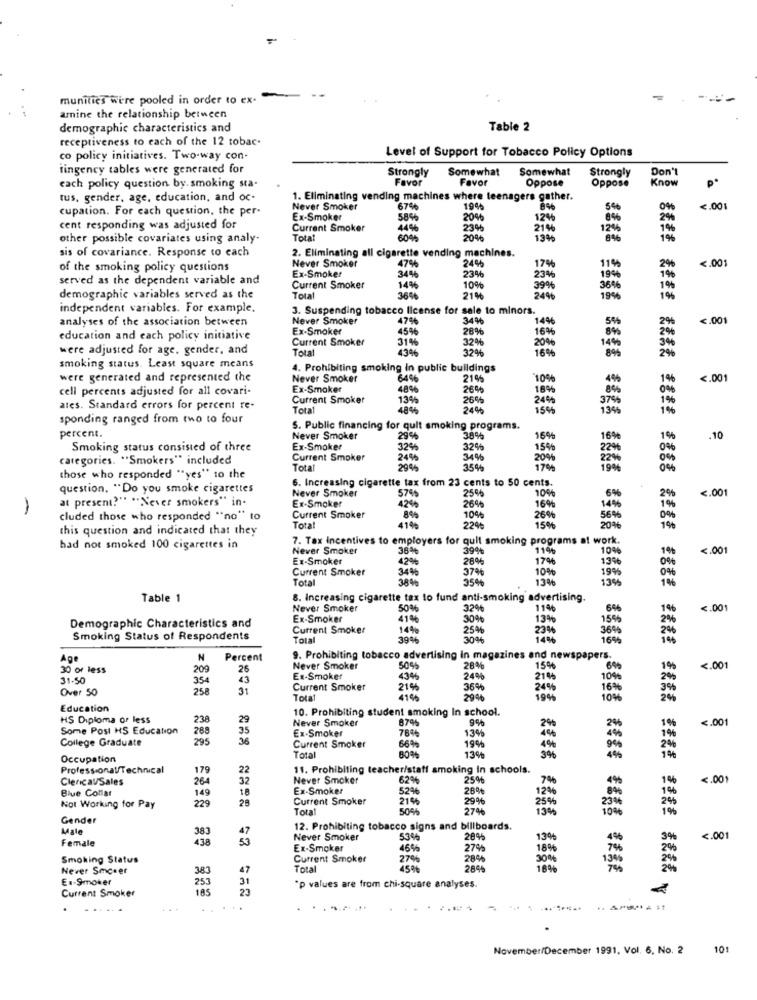
munities Were pooled in order to ex-
amine the relationship between
demographic characteristics and
Table 2
receptiveness to each of the 12 tobac.
co policy initiatives. Two-way con-
Level of Support for Tobacco Policy Options
tingency tables were generated for
Strongly
Somewhat
Somewhat
Strongly
Don'
Favor
Favor
Oppose
Oppose
Know
P*
each policy question by. smoking sta.
tus, gender, age, education, and oc-
1. Eliminating vending machines where teenagers gather.
cupation. For each question, the per-
Never Smoker
67%
19%
8%
54
04
€.001
Ex-Smoker
58%
20%
12%
8%
2%
cent responding was adjusted for
Current Smoker
44%
23%
21%
12%
other possible covariates using analy-
Total
6046
20%
sis of covariance. Response to each
2. Eliminating all cigarette vending machines.
24%
<. 001
of the smoking policy questions
Never Smoker
47%
17%
11%
2%
served as the dependent variable and
Ex-Smoker
34%
23%
23%
1946
Current Smoker
14%
10%
39%
38%
1%
demographic variables served as the
Total
3646
21%
24%
19%
1%
independent variables. For example.
3. Suspending tobacco license for sale to minors.
analyses of the association between
Never Smoker
47%
34%
146
<. 001
Ex-Smoker
4556
28%
16%
8%
education and each policy initiative
Current Smoker
31%
32%
20%
were adjusted for age, gender, and
Total
43%
32%
16%
14%
8%
smoking status. Least square means
4. Prohibiting smoking in public buildings
were generated and represented the
Never Smoker
64%
21%
10%
<. 001
cell percents adjusted for all covari-
Ex-Smaker
48%
26%
18%
Current Smoker
13%
26%
24%
374
ates. Standard errors for percent re-
Total
48%
24%
15%
19%
sponding ranged from two to four
S. Public financing for quit smoking programs.
percent.
Never Smoker
29%
389
16%
169
.10
Smoking status consisted of three
Ex-Smoker
3265
32%
15%
categories. "Smokers" included
Current Smoker
2495
34%
20%
Total
2945
35%
19%
those who responded "yes" to the
6. Increasing cigarette tax from 23 cents to 50 cents.
question. "Do you smoke cigarettes
Never Smoker
5795
25%
10%
6%
<. 001
at present?" ""Never smokers" in-
Ex-Smaker
1
42%
26%
16%
14%
cluded those who responded "no" to
Current Smoker
8%
10%
26%
564
09
this question and indicated that they
Total
224
15%
20%
1%
7. Tax Incentives to employers for quit smoking programs at work.
had not smoked 100 cigarettes in
Never Smoker
36%
39%
10%
<. 001
Ex-Smoker
42%
28%
17%
13%
Current Smoker
34%
37%
10%
19%
Total
384
35%
13%
13%
1%
Table 1
8. Increasing cigarette tax to fund anti-smoking advertising.
Never Smoker
50%
32%
11%
6%
1%
<. 001
Ex-Smoker
41%
30%
13%
15%
2%
Demographic Characteristics and
Current Smoker
14%
25%
23%
36%
246
Smoking Status of Respondents
Total
3946
304€
14
16%
Age
N
Percent
9. Prohibiting tobacco advertising in magazines and newspapers.
30 or less
209
26
Never Smoker
50%
28%
1590
6%
195
<. 001
31.50
354
43
Ex-Smoker
43%
24%
2144
10%
Over 50
258
31
Current Smoker
21%
36%
24%
16%
Total
4145
2946
19%
10%
Education
10. Prohibiting student smoking In school.
HS Diploma or less
238
29
Never Smoker
87%
9%
<. 001
Some Post HS Education
288
35
Ex.Smoker
2%
4%
College Graduate
295
76%
13%
Current Smoker
66%
19%
4%
Occupation
Total
13%
3%
4%
Professional/Technical
179
22
11. Prohibiting teacher/statt smoking In schools.
ClericalSales
264
32
Never Smoker
62%
25%
7%
<. 001
Blue Collar
149
18
Ex-Smoker
52%
26%
12%
229
28
Current Smoker
21%5
29%
25%
Not Working for Pay
Total
50%
27%
19%
10
Gender
Male
383
12. Prohibiting tobacco signs and billboards.
Female
438
Never Smoker
53%%
28%
13%
4%
<. 001
Ex-Smoker
46%
27%
18%
74
Smoking Status
Current Smoker
27%
28%
309
Never Smcser
383
47
Total
4596
28%5
E .- Smoker
253
31
Current Smoker
185
"p values are from chi-square analyses.
November/December 1991, Vol. 6, No. 2 101